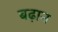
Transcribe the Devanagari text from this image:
बढ़ान